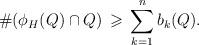
LaTeX: \begin{align*} \# (\phi_H(Q) \cap Q) \,\geqslant\, \sum_{k=1}^n b_k(Q).\end{align*}